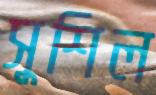
সুশিল